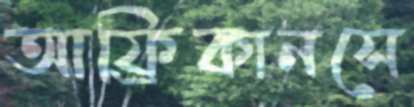
আফ্রিকানসে